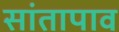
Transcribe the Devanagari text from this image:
सांतापाव